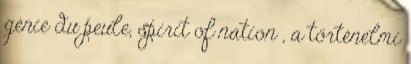
génie du peule, spirit of nation , a történelmi